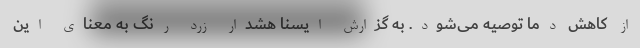
از کاهش دما توصیه می‌شود. به گزارش ایسنا هشدار زرد رنگ به معنای این